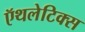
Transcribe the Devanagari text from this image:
ऍथलेटिक्स